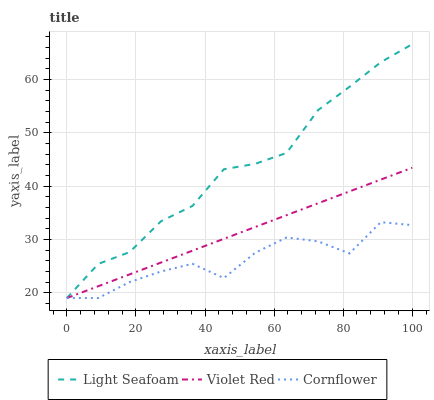
| xaxis_label | Light Seafoam | Violet Red | Cornflower |
 | --- | --- | --- | --- |
 | 0 | 19 | 19 | 19 |
 | 9.09 | 25.4 | 21.2 | 19 |
 | 18.2 | 27.6 | 23.4 | 22 |
 | 27.3 | 33.4 | 25.7 | 24 |
 | 36.4 | 36.3 | 27.9 | 25.4 |
 | 45.5 | 43.2 | 30.1 | 22.8 |
 | 54.5 | 44.2 | 32.3 | 27.5 |
 | 63.6 | 46.2 | 34.6 | 30.4 |
 | 72.7 | 54.3 | 36.8 | 29.6 |
 | 81.8 | 58.6 | 39 | 27.4 |
 | 90.9 | 63.2 | 41.2 | 33.2 |
 | 100 | 66.6 | 43.4 | 32.7 |